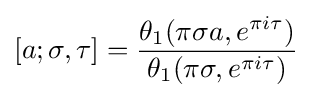
[a;\sigma ,\tau ]={\frac {\theta _{1}(\pi \sigma a,e^{\pi i\tau })}{\theta _{1}(\pi \sigma ,e^{\pi i\tau })}}